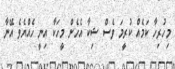
މިހުރިހާ ކަމެއް ކުރީމަ ވެސް ޝިކާ އެހެން މީހަކާ އިނީ ހެއްޔެވެ އޭނާ